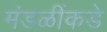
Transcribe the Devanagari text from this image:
मंडळींकडे